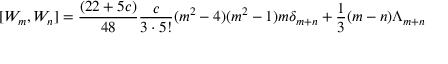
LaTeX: [ W _ { m } , W _ { n } ] = { \frac { ( 2 2 + 5 c ) } { 4 8 } } { \frac { c } { 3 \cdot 5 ! } } ( m ^ { 2 } - 4 ) ( m ^ { 2 } - 1 ) m \delta _ { m + n } + { \frac { 1 } { 3 } } ( m - n ) \Lambda _ { m + n }